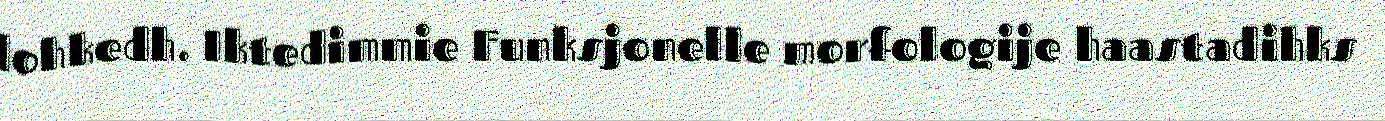
lohkedh. Iktedimmie Funksjonelle morfologije haastadihks